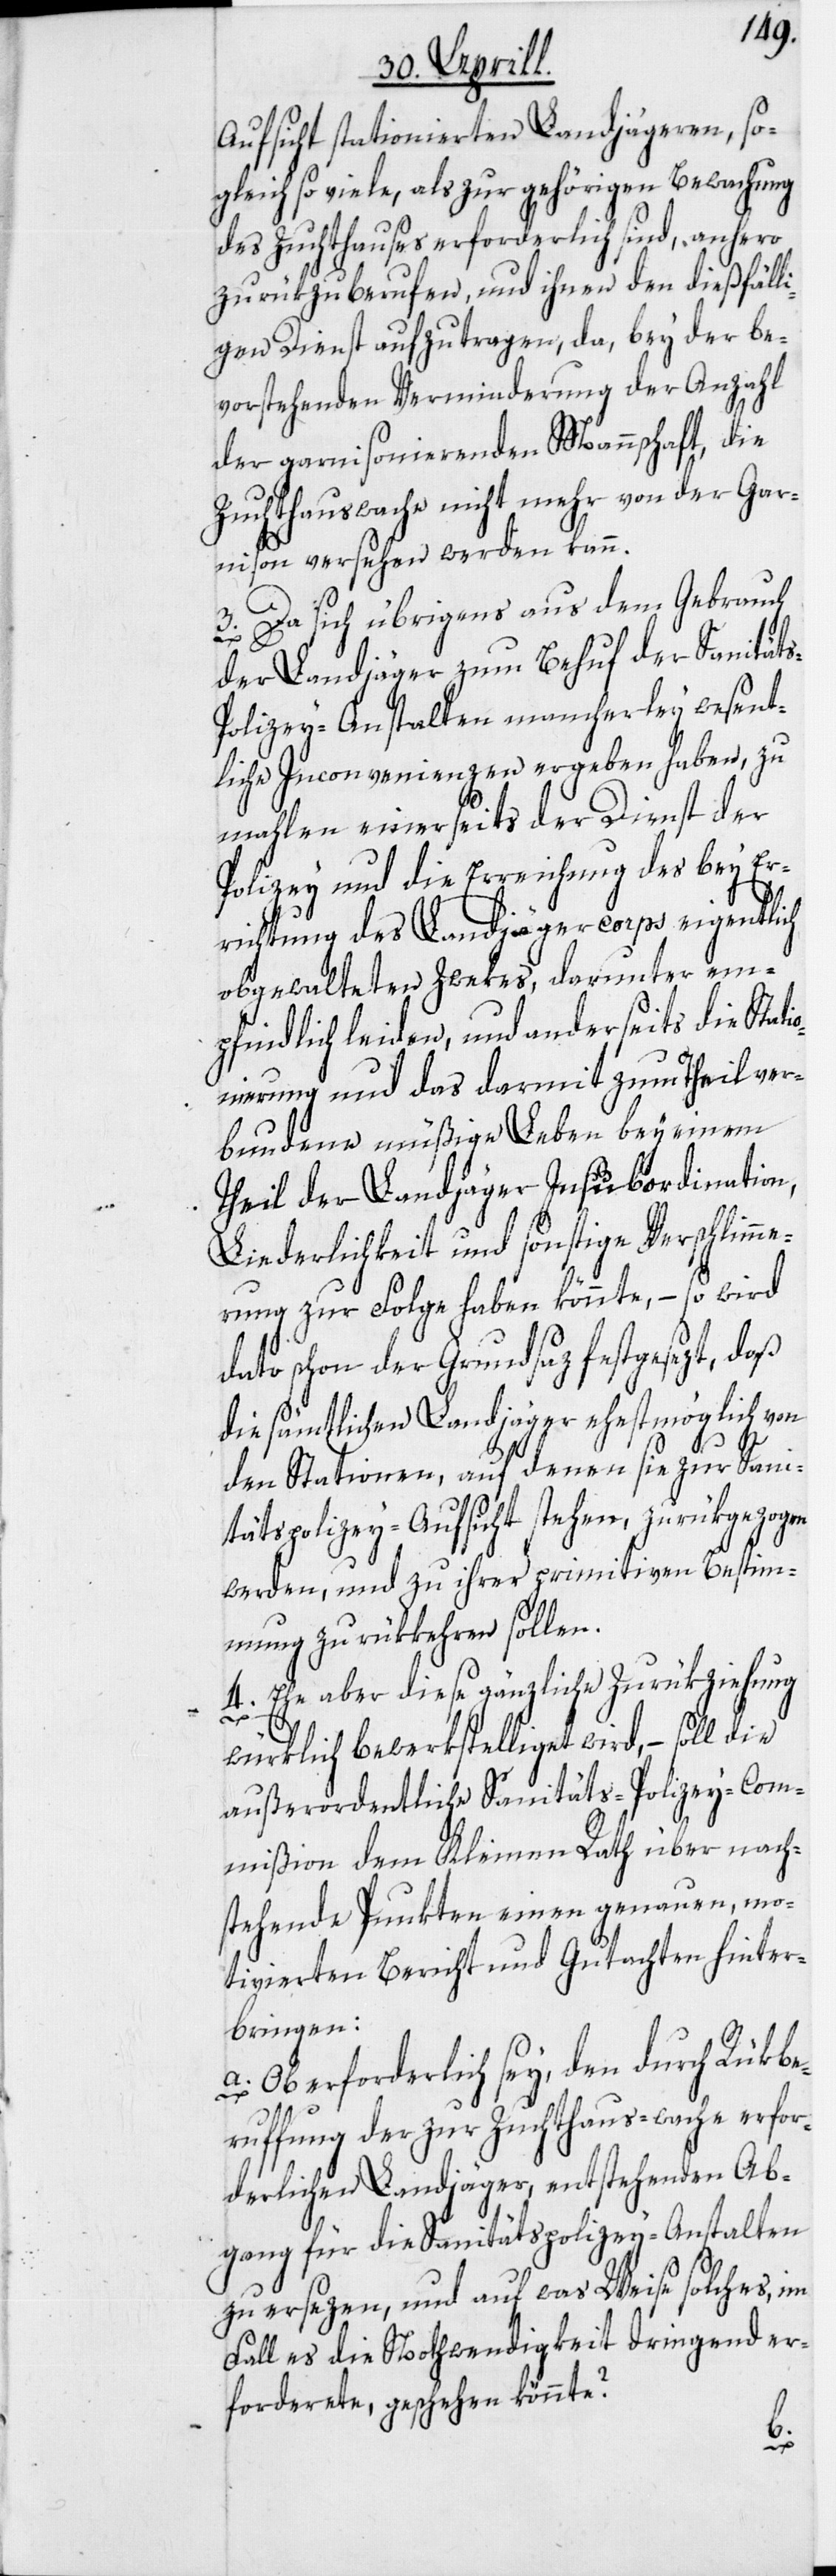
s-P¬

Aufsicht stationierten Landjägeren, so¬
gleich so viele, als zur gehörigen Bewachung
des Zuchthauses erforderlich sind, anhero
zurükzuberufen, und ihnen den dießfäll¬
igen Dienst aufzutragen, da, bey der be¬
vorstehenden Verminderung der Anzahl
der garnisonierenden Mannschaft, die
Zuchthauswache nicht mehr von der Gar¬
nison versehen werden kann.
3. Da sich übrigens aus dem Gebrauch
der Landjäger zum Behuf der Sanität¬
olizey-Anstalten mancherley wesent¬
liche Inconvenienzen ergeben haben, zu¬
mahlen einerseits der Dienst der
Polizey und die Erreichung des bey Er¬
richtung des Landjägercorps eigentlich
obgewalteten Zwekes, darunter em¬
pfindlich leiden, und anderseits die Stati¬
onierung und das darmit zum Theil ver¬
bundene müßige Leben bey einem
Theil der Landjäger-Insubordination,
Liederlichkeit und sonstige Verschlimme¬
rung zur Folge haben könnte, – so wird
dato schon der Grundsaz festgesezt, daß
die sämtlichen Landjäger ehestmöglich von
den Stationen, auf denen sie zur Sani¬
tätspolizey-Aufsicht stehen, zurükgezogen
werden, und zu ihrer primitiven Bestim¬
mung zurükkehren sollen.
4. Ehe aber diese gänzliche Zurükziehung
würklich bewerkstelliget wird, – soll die
außerordentliche Sanitäts-Polizey-Com¬
mißion dem Kleinen Rath über nach¬
stehende Punkten einen genauen, mo¬
tivierten Bericht und Gutachten hinter¬
bringen:
a. Ob erforderlich sey, den durch Rükbe¬
ruffung der zur Zuchthaus-wache erfor¬
derlichen Landjäger, entstehenden Ab¬
gang für die Sanitätspolizey-Anstalten
zu ersezen, und auf was Weise solches, im
Fall es die Nothwendigkeit dringend er¬
forderete, geschehen könnte?